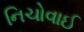
નિચોવાઈ